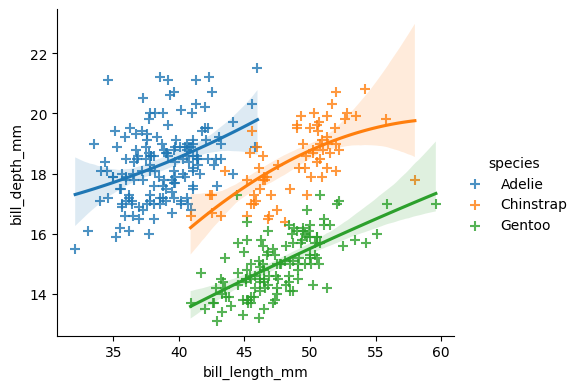
python, seaborn, lmplot, aspect=1.2, order=2, markers='+'